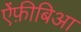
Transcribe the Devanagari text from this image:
ऐंफ़ीबिआ